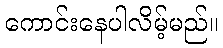
ကောင်းနေပါလိမ့်မည်။